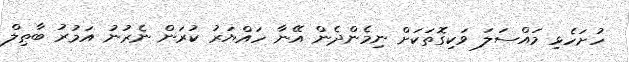
ހުށަހެޅި މައްސަލަ ވަކިގޮތަކަށް ނިމެންދެން އޭނާ ހައްޔަރު ކުރަން ނެރުނު އަމުރު ބާޠިލް